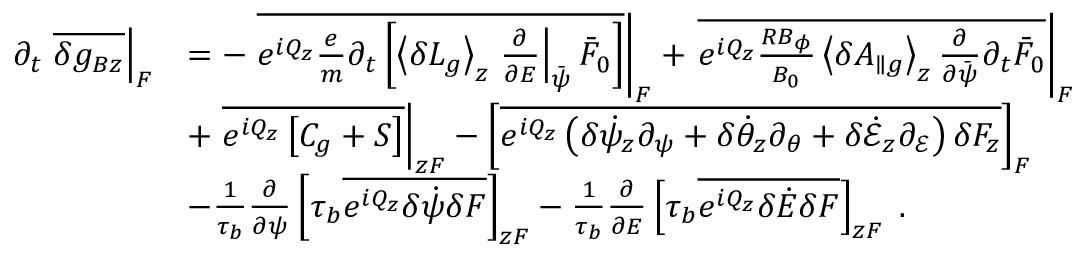
\begin{array} { r l } { \partial _ { t } \left. \overline { { \delta g _ { B z } } } \right| _ { F } } & { = - \left. \overline { { e ^ { i Q _ { z } } \frac { e } { m } \partial _ { t } \left[ \left\langle \delta L _ { g } \right\rangle _ { z } \left. \frac { \partial } { \partial { \cal E } } \right| _ { \bar { \psi } } \bar { F } _ { 0 } \right] } } \right| _ { F } + \left. \overline { { e ^ { i Q _ { z } } \frac { R B _ { \phi } } { B _ { 0 } } \left\langle \delta A _ { \parallel g } \right\rangle _ { z } \frac { \partial } { \partial \bar { \psi } } \partial _ { t } \bar { F } _ { 0 } } } \right| _ { F } } \\ & { + \left. \overline { { e ^ { i Q _ { z } } \left[ C _ { g } + { \cal S } \right] } } \right| _ { z F } - \left[ \overline { { e ^ { i Q _ { z } } \left( \delta \dot { \psi } _ { z } \partial _ { \psi } + \delta \dot { \theta } _ { z } \partial _ { \theta } + \delta \dot { \mathcal { E } } _ { z } \partial _ { \mathcal { E } } \right) \delta F _ { z } } } \right] _ { F } } \\ & { - \frac { 1 } { \tau _ { b } } \frac { \partial } { \partial \psi } \left[ \tau _ { b } \overline { { e ^ { i Q _ { z } } \delta \dot { \psi } \delta F } } \right] _ { z F } - \frac { 1 } { \tau _ { b } } \frac { \partial } { \partial { \cal E } } \left[ \tau _ { b } \overline { { e ^ { i Q _ { z } } \delta \dot { \cal E } \delta F } } \right] _ { z F } \; . } \end{array}